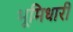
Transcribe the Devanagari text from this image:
भूमिधारी